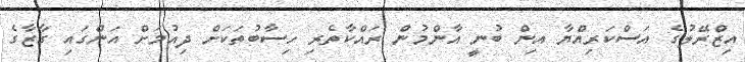
އިޒްރޭލުގެ އަސްކަރިއްޔާ އިން ބުނީ އާންމުން ރައްކާތެރި ހިސާބުތަކަށް ދިއުމަށް އަންގައި ގާޒާގެ